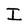
Character: I